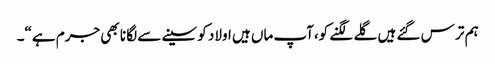
ہم تر س گئے ہیں گلے لگنے کو،آپ ماں ہیں اولاد کو سینے سے لگا نا بھی جرم ہے“۔